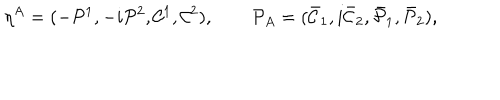
\eta ^ { A } = ( - { \cal P } ^ { 1 } , - i { \cal P } ^ { 2 } , { \cal C } ^ { 1 } , { \cal C } ^ { 2 } ) , \qquad { \cal P } _ { A } = ( { \bar { \cal C } } _ { 1 } , i { \bar { \cal C } } _ { 2 } , { \bar { \cal P } } _ { 1 } , { \bar { \cal P } } _ { 2 } ) ,